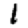
Digit: 1